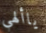
ياألهي